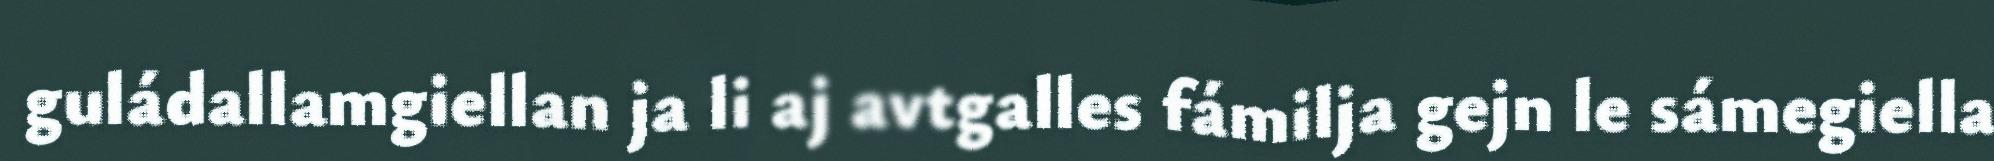
guládallamgiellan ja li aj avtgalles fámilja gejn le sámegiella